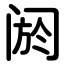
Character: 阏